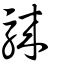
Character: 騋